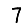
Digit: 7